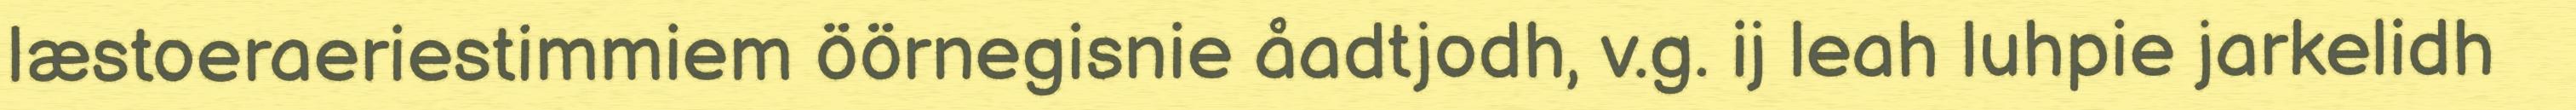
læstoeraeriestimmiem öörnegisnie åadtjodh, v.g. ij leah luhpie jarkelidh